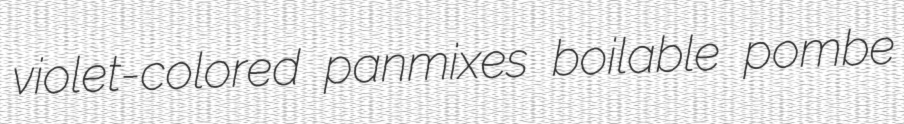
violet-colored panmixes boilable pombe